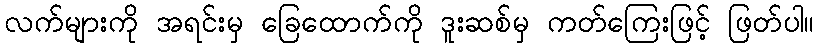
လက်များကို အရင်းမှ ခြေထောက်ကို ဒူးဆစ်မှ ကတ်ကြေးဖြင့် ဖြတ်ပါ။